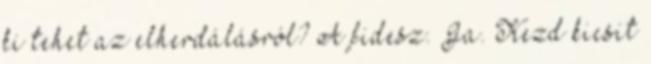
ki tehet az elherdálásról? A fidesz. Ja. Kezd kicsit